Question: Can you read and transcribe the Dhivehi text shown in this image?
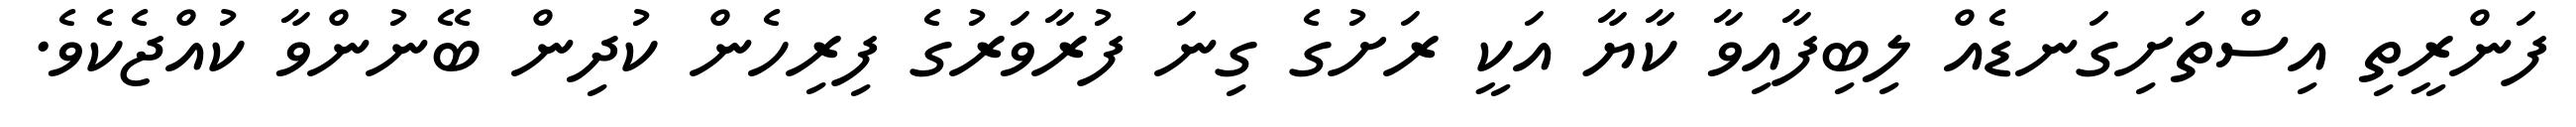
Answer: ފަންރީތި އިސްތަށިގަނޑެއް ލިބިފާއިވާ ކާޔާ އަކީ ރަށުގެ ގިނަ ފުރާވަރުގެ ފިރިހެން ކުދިން ބޭނުންވާ ކުއްޖެކެވެ.